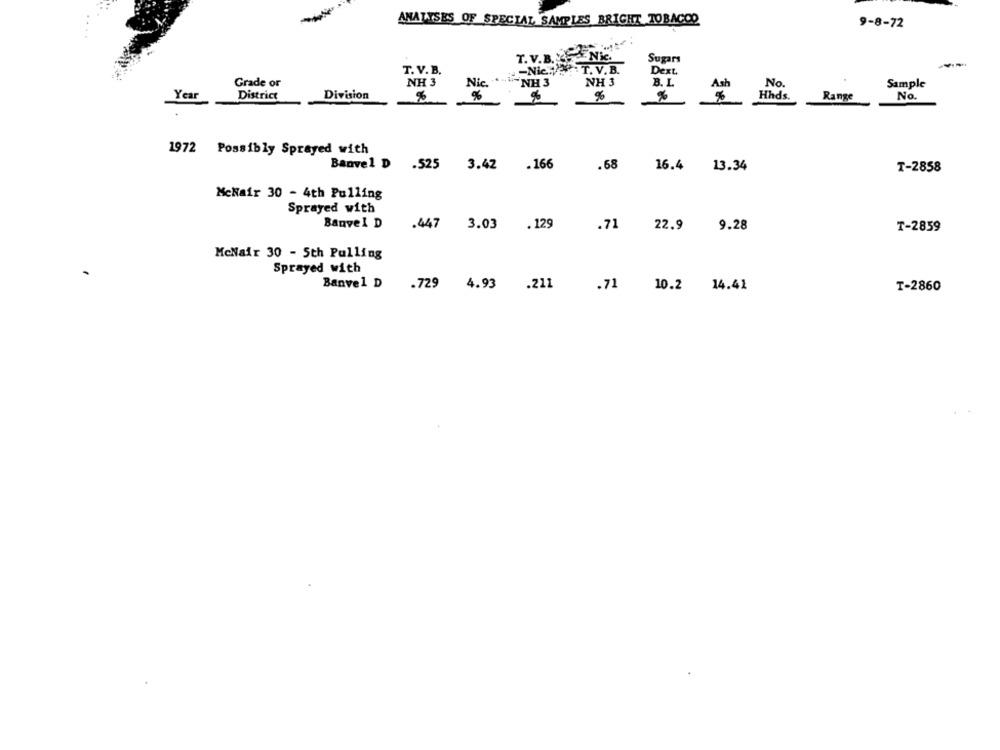
ANALYSES OF SPECIAL SAMPLES BRIGHT TOBACCO
9-8-72
T. V.B. Y&Nic.
Sugars
T. V. B.
-Nic ....: T. V.B.
Dext.
Grade or
NH 3
Nic. ""-"
NH 3
NH 3
B. L.
No.
Sample
Year
District
Division
%
%
%
Hhds.
Range
No.
1972 Possibly Sprayed with
Banvel D .525
3.42
.166
.68
16.4
13.34
T-2858
MeNair 30 - 4th Pulling
Sprayed with
Banvel D
.447
3.03
. 125
.71
22.9
9.28
T-2859
McNair 30 - 5th Pulling
Sprayed with
Banvel D
.729 4.93 .211
.71 10.2 14.41
T-2860